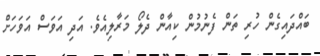
ބައްދައިގެން ހުރި ތަން ފެނުމުން ކިއާން ދެލޯ މަރާލިއެވެ. އަދި އަވަސް އަވަހަށް